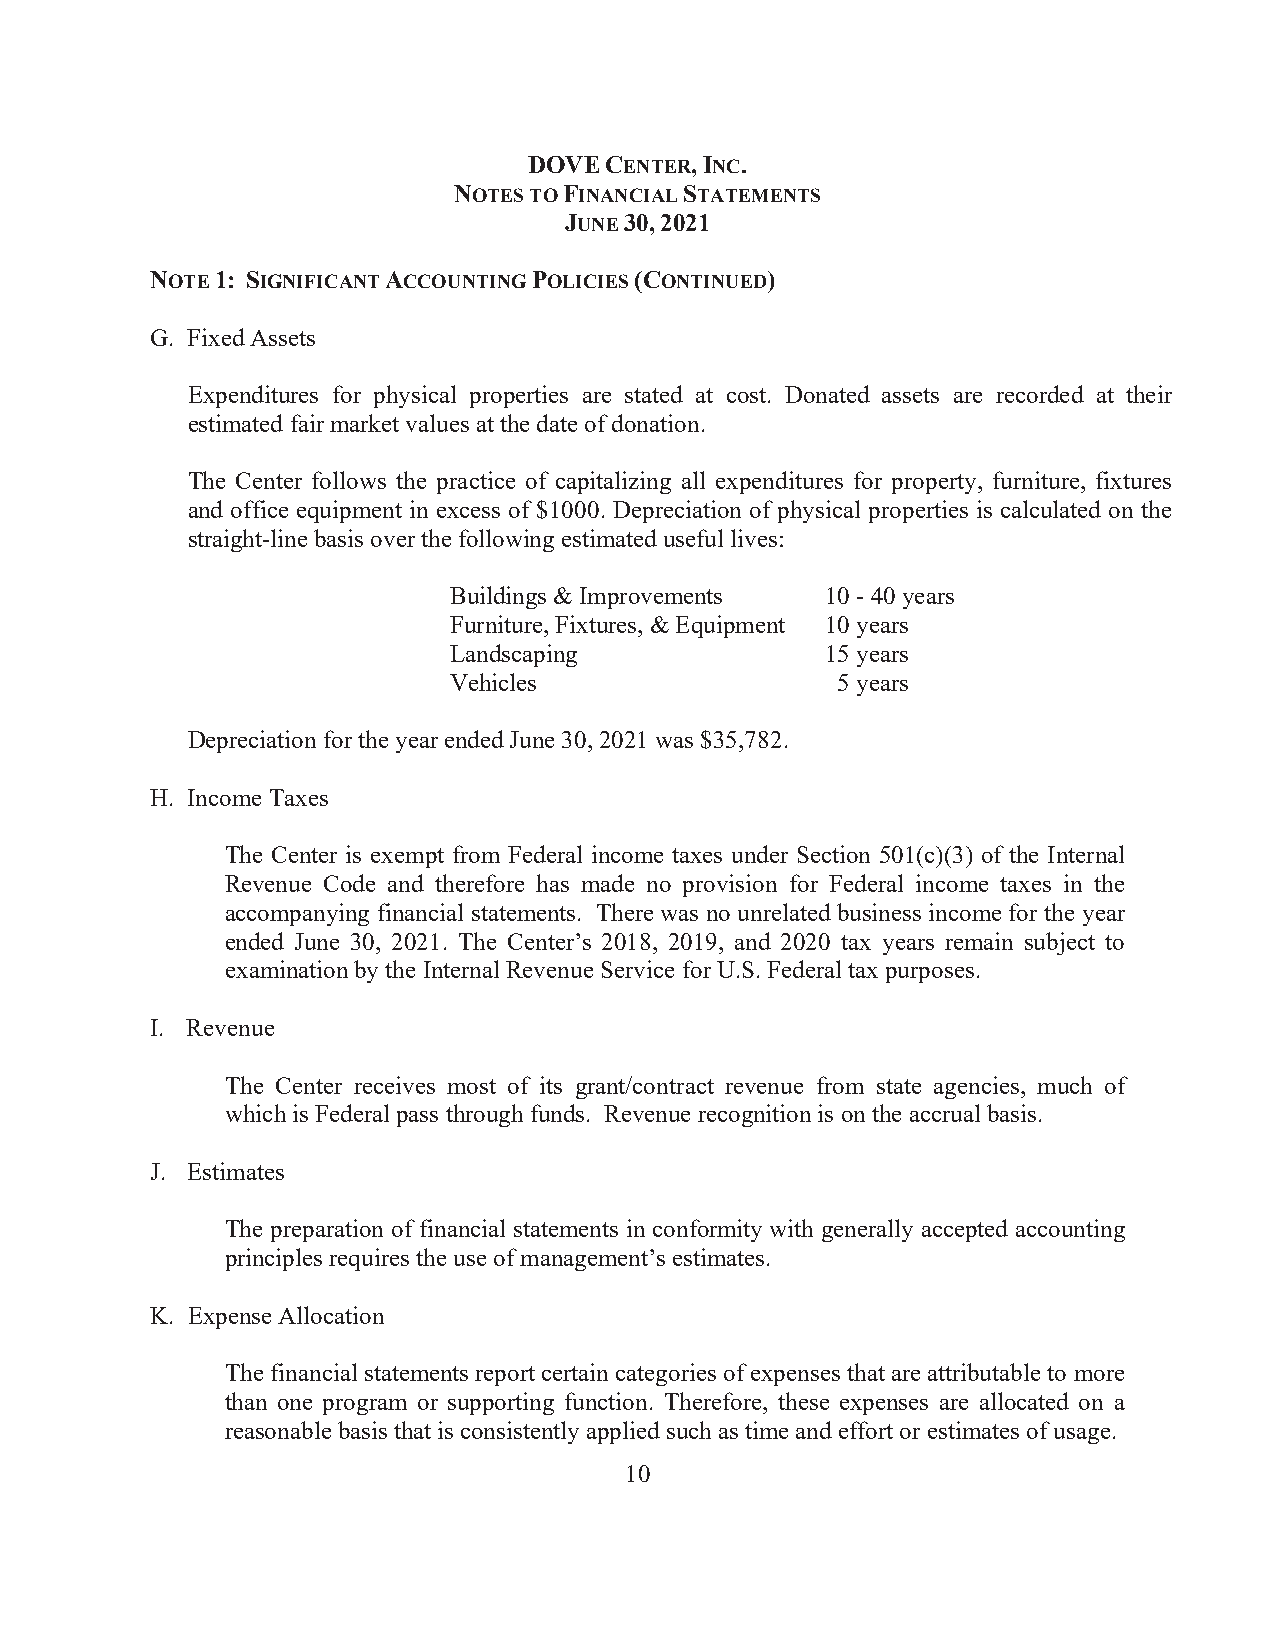
DOVE CENTER, INC.
 NOTES TO FINANCIAL STATEMENTS
 JUNE 30, 2021
 NOTE 1: SIGNIFICANT ACCOUNTING POLICIES (CONTINUED)
 G. Fixed Assets
 Expenditures for physical properties are stated at cost. Donated assets are recorded at their
 estimated fair market values at the date of donation.
 The Center follows the practice of capitalizing all expenditures for property, furniture, fixtures
 and office equipment in excess of $1000. Depreciation of physical properties is calculated on the
 straight-line basis over the following estimated useful lives:
 Buildings & Improvements 10 - 40 years
 Furniture, Fixtures, & Equipment 10 years
 Landscaping              15 years
 Vehicles                 5 years
 Depreciation for the year ended June 30, 2021 was $35,782.
 H. Income Taxes
 The Center is exempt from Federal income taxes under Section 501(c)(3) of the Internal
 Revenue Code and therefore has made no provision for Federal income taxes in the
 accompanying financial statements. There was no unrelated business income for the year
 ended June 30, 2021. The Center’s 2018, 2019, and 2020 tax years remain subject to
 examination by the Internal Revenue Service for U.S. Federal tax purposes.
 I. Revenue
 The Center receives most of its grant/contract revenue from state agencies, much of
 which is Federal pass through funds. Revenue recognition is on the accrual basis.
 J. Estimates
 The preparation of financial statements in conformity with generally accepted accounting
 principles requires the use of management’s estimates.
 K. Expense Allocation
 The financial statements report certain categories of expenses that are attributable to more
 than one program or supporting function. Therefore, these expenses are allocated on a
 reasonable basis that is consistently applied such as time and effort or estimates of usage.
 10